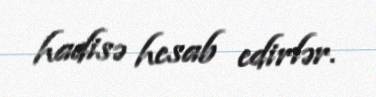
hadisə hesab edirlər.